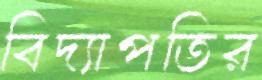
বিদ্যাপতির